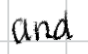
Text: and
Cross-out: clean
Writing tool: digital_black